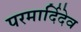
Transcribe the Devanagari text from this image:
परमार्दिदेव